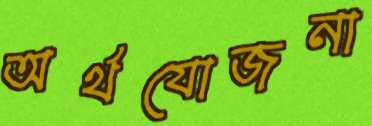
অর্থযোজনা